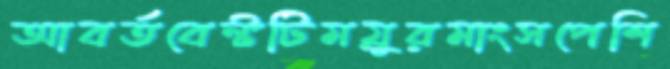
আবর্তবেল্টটিময়ুরমাংসপেশি